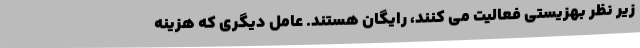
زیر نظر بهزیستی فعالیت می کنند، رایگان هستند. عامل دیگری که هزینه